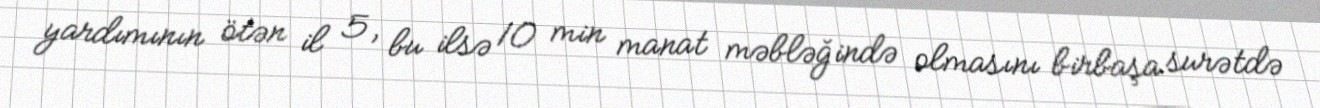
yardımının ötən il 5, bu ilsə 10 min manat məbləğində olmasını birbaşa surətdə